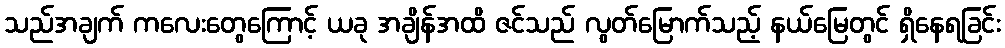
သည်အချက် ကလေးတွေကြောင့် ယခု အချိန်အထိ ဇင်သည် လွတ်မြောက်သည့် နယ်မြေတွင် ရှိနေရခြင်း